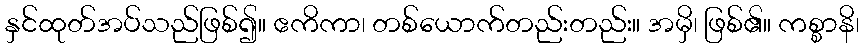
နှင်ထုတ်အပ်သည်ဖြစ်၍။ ဧကိကာ၊ တစ်ယောက်တည်းတည်း။ အမှိ၊ ဖြစ်၏။ ကစ္စာနိ၊